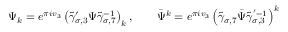
\Psi _ { k } = e ^ { \pi i v _ { 3 } } \left( \widetilde { \gamma } _ { \sigma , 3 } ^ { \prime } \Psi \widetilde { \gamma } _ { \sigma , 7 } ^ { - 1 } \right) _ { k } , \quad \quad \bar { \Psi } ^ { k } = e ^ { \pi i v _ { 3 } } \left( \widetilde { \gamma } _ { \sigma , 7 } \bar { \Psi } \widetilde { \gamma } _ { \sigma , 3 } ^ { ' - 1 } \right) ^ { k }